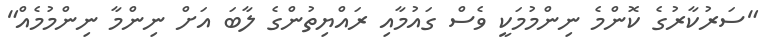
"ސަރުކާރުގެ ކޮންމެ ނިންމުމަކީ ވެސް ގައުމާއި ރައްޔިތުންގެ ލާބަ އަށް ނިންމާ ނިންމުމެއް"